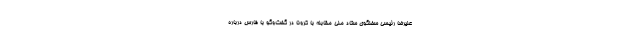
علیرضا رئیسی سخنگوی ستاد ملی مقابله با کرونا در گفت‌وگو با فارس درباره